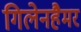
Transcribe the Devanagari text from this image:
गिलेनहैमर